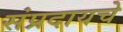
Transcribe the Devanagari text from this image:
संप्रदायचे